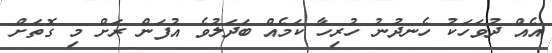
އެއް ދުވަހަކު ހެނދުނު ހުރިހާ ކަމެއް ބަދަލުވެ އުފަން ރަށް މި ގޮތަށް